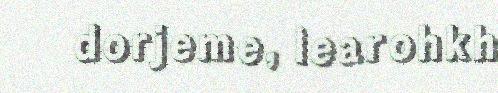
dorjeme, learohkh